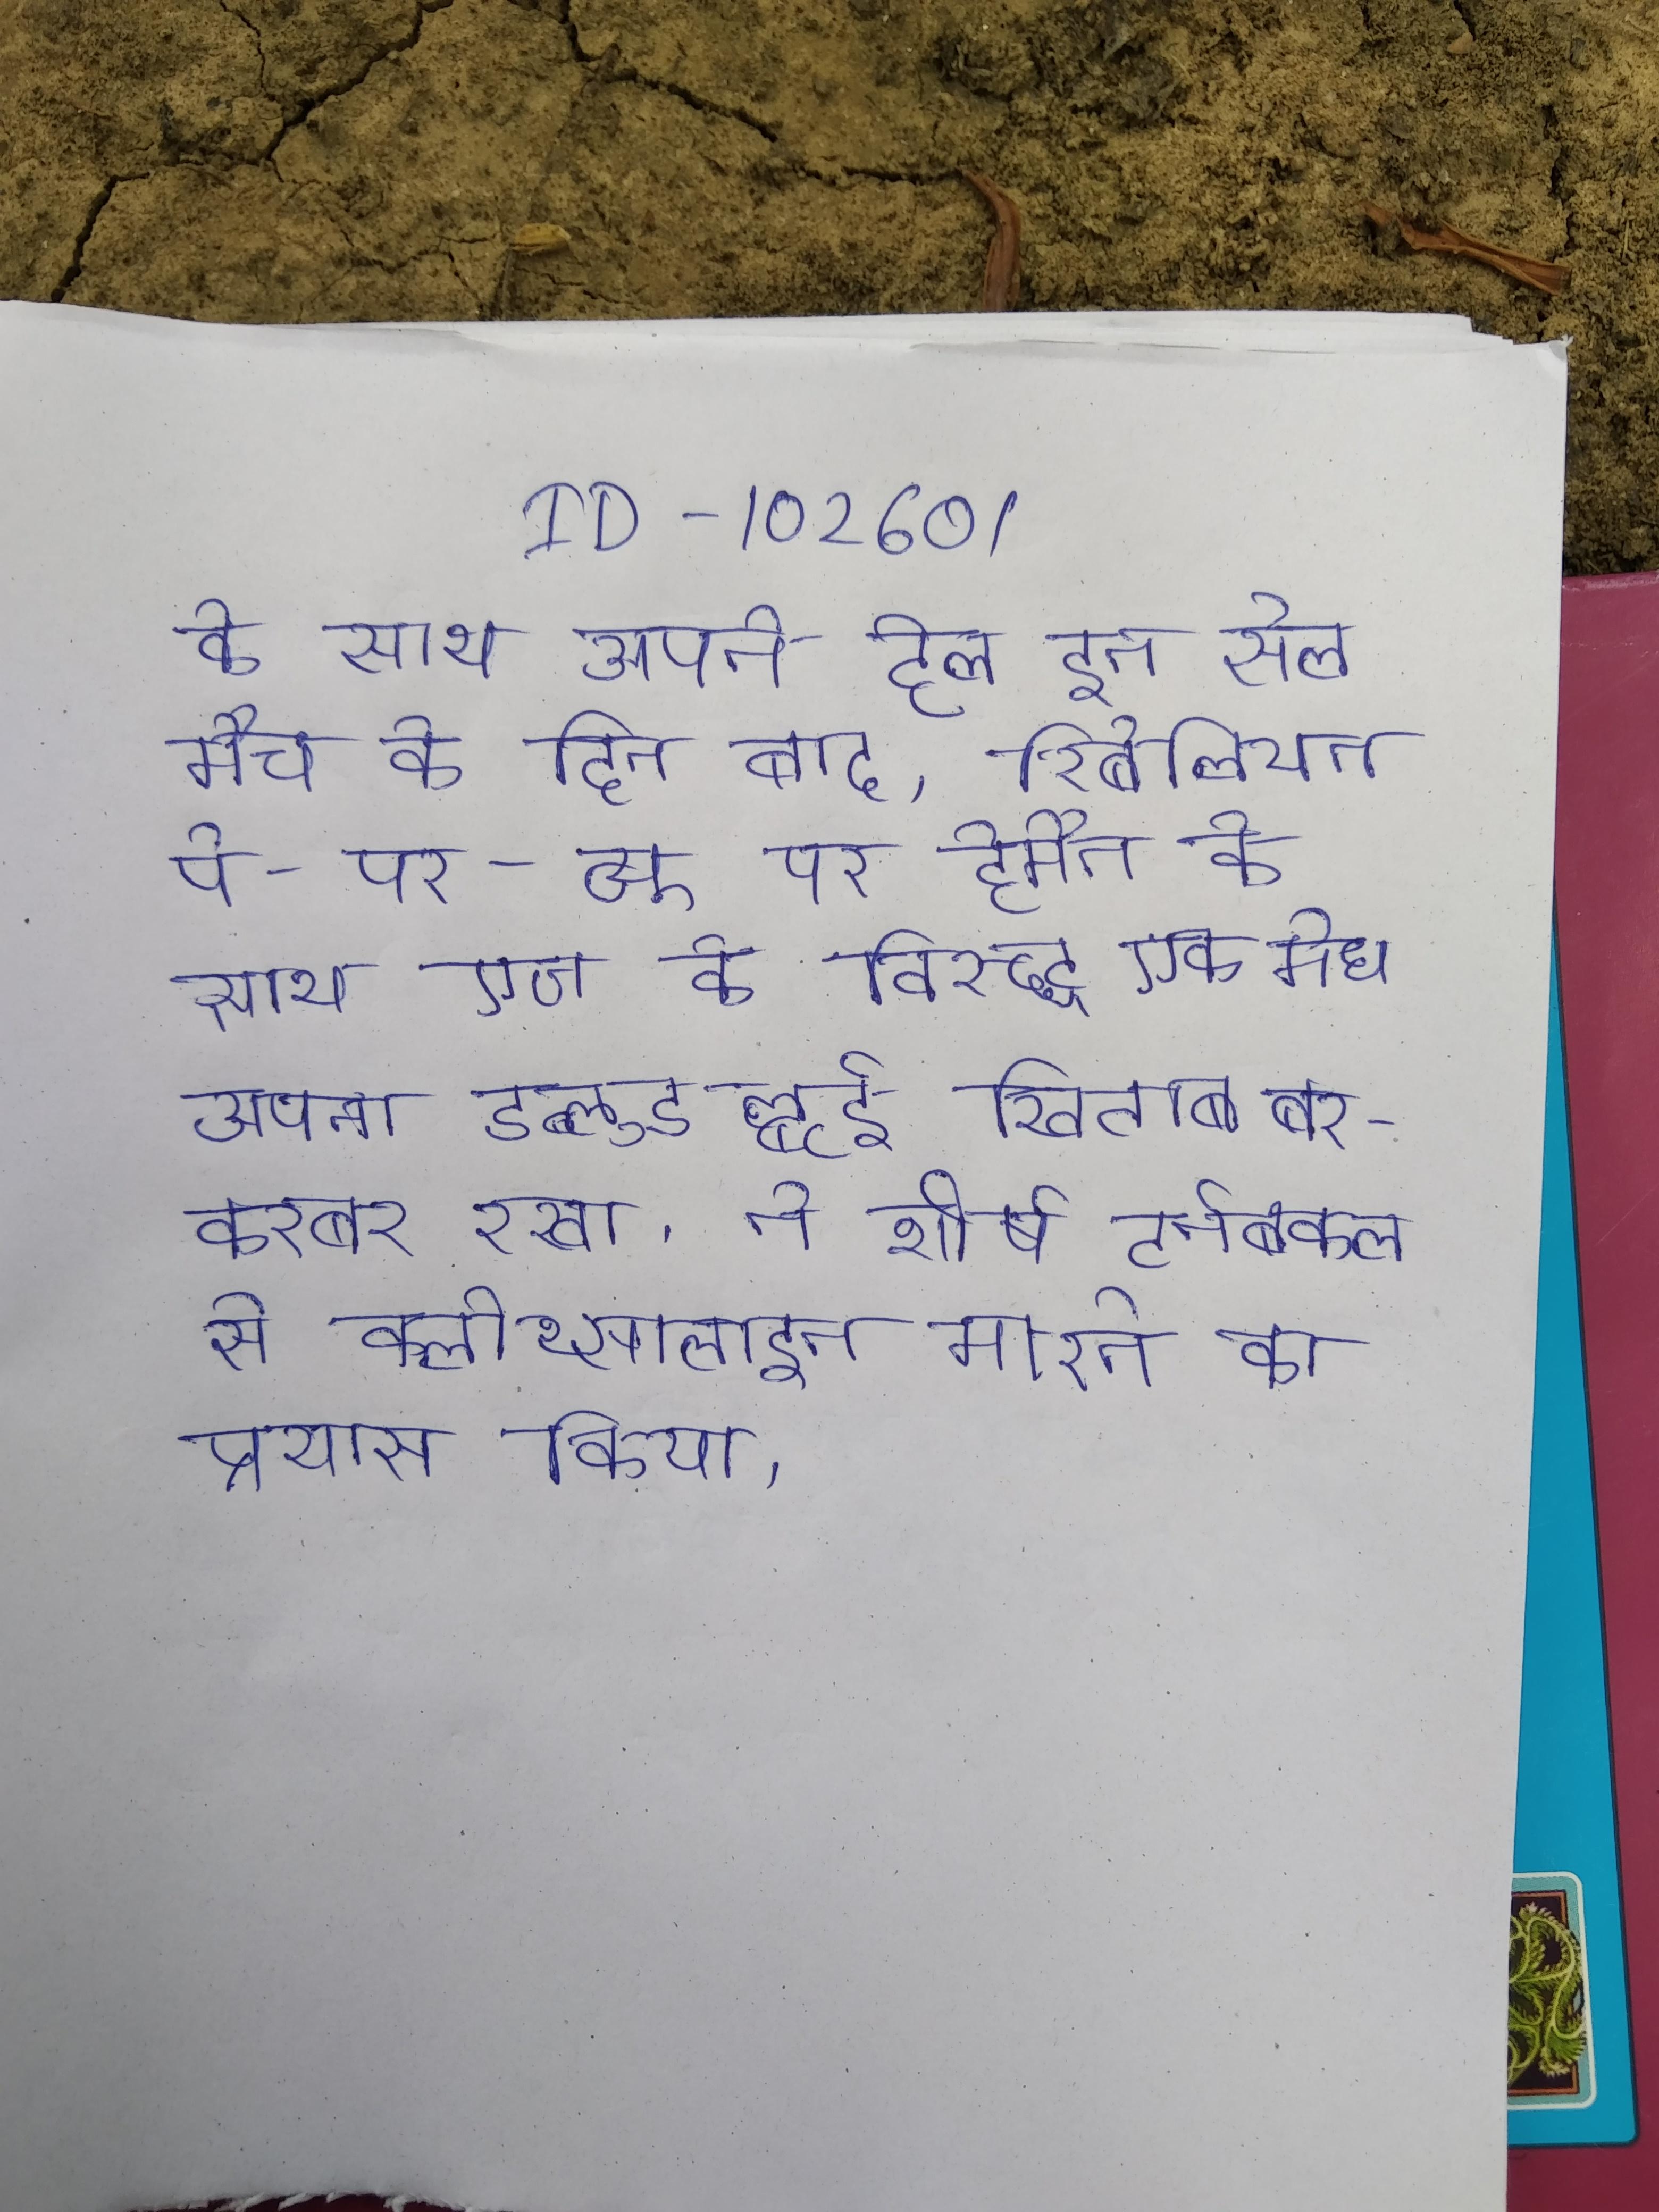
के साथ अपने हेल इन सेल मैच के दिन बाद, रिबेलियन पे-पर-व्यू पर हेमैन के साथ एज के विरुद्ध एक मैच अपना डब्लूडब्लूई खिताब बरकरबर रखा . ने शीर्ष टर्नबकल से क्लोथ्सलाइन मारने का प्रयास किया, पर वेइट ने लिया और चोकस्लैम प्रहार कर को की फर्श पर गिरा दिया और रेफरी को मैच करने पर मजबूर होना और ने अपना टाइटिल बरकरार रखा ।